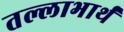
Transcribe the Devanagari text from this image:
तल्लाभार्थं